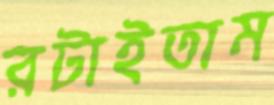
রটাইতাম